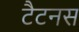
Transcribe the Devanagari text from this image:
टैटनस